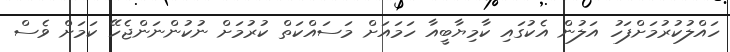
ހައްލުކުރުމަށްފަހު އަލުން އެކުގައި ކާމިޔާބީއާ ހަމައަށް މަސައްކަތް ކުރުމަށް ނުކުންނަންޖެހޭ ކަމަށް ވެސް